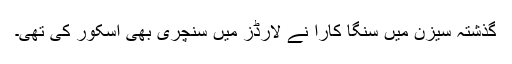
گذشتہ سیزن میں سنگا کارا نے لارڈز میں سنچری بھی اسکور کی تھی۔